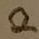
Text: 2